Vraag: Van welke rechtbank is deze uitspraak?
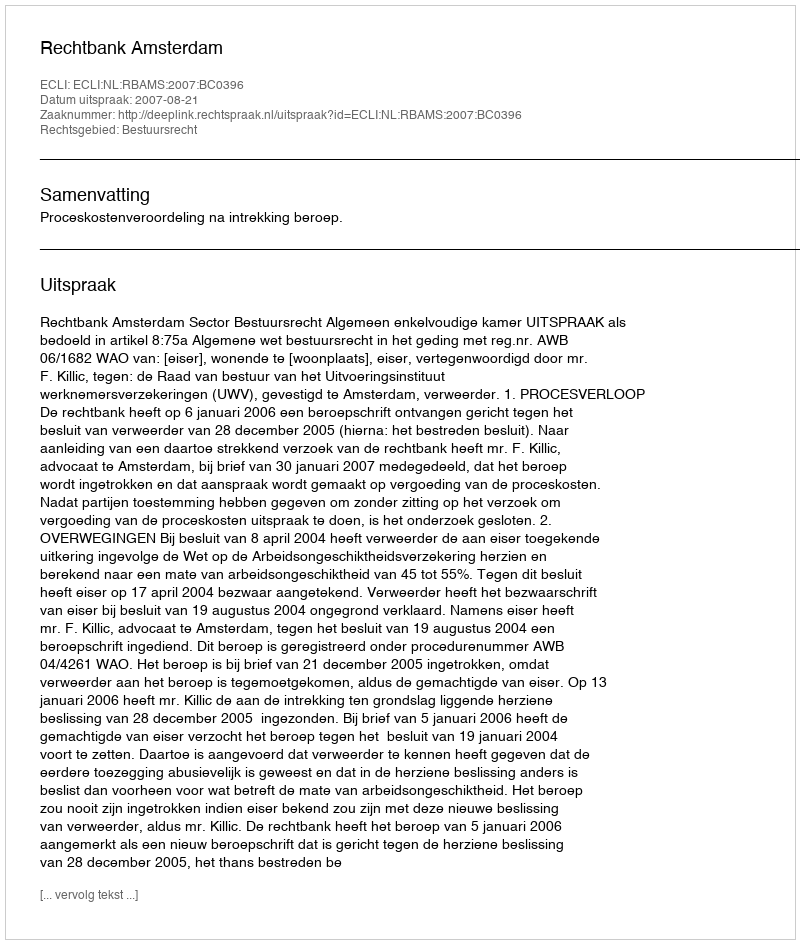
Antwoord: Rechtbank Amsterdam